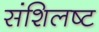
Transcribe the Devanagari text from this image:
संशिलष्ट